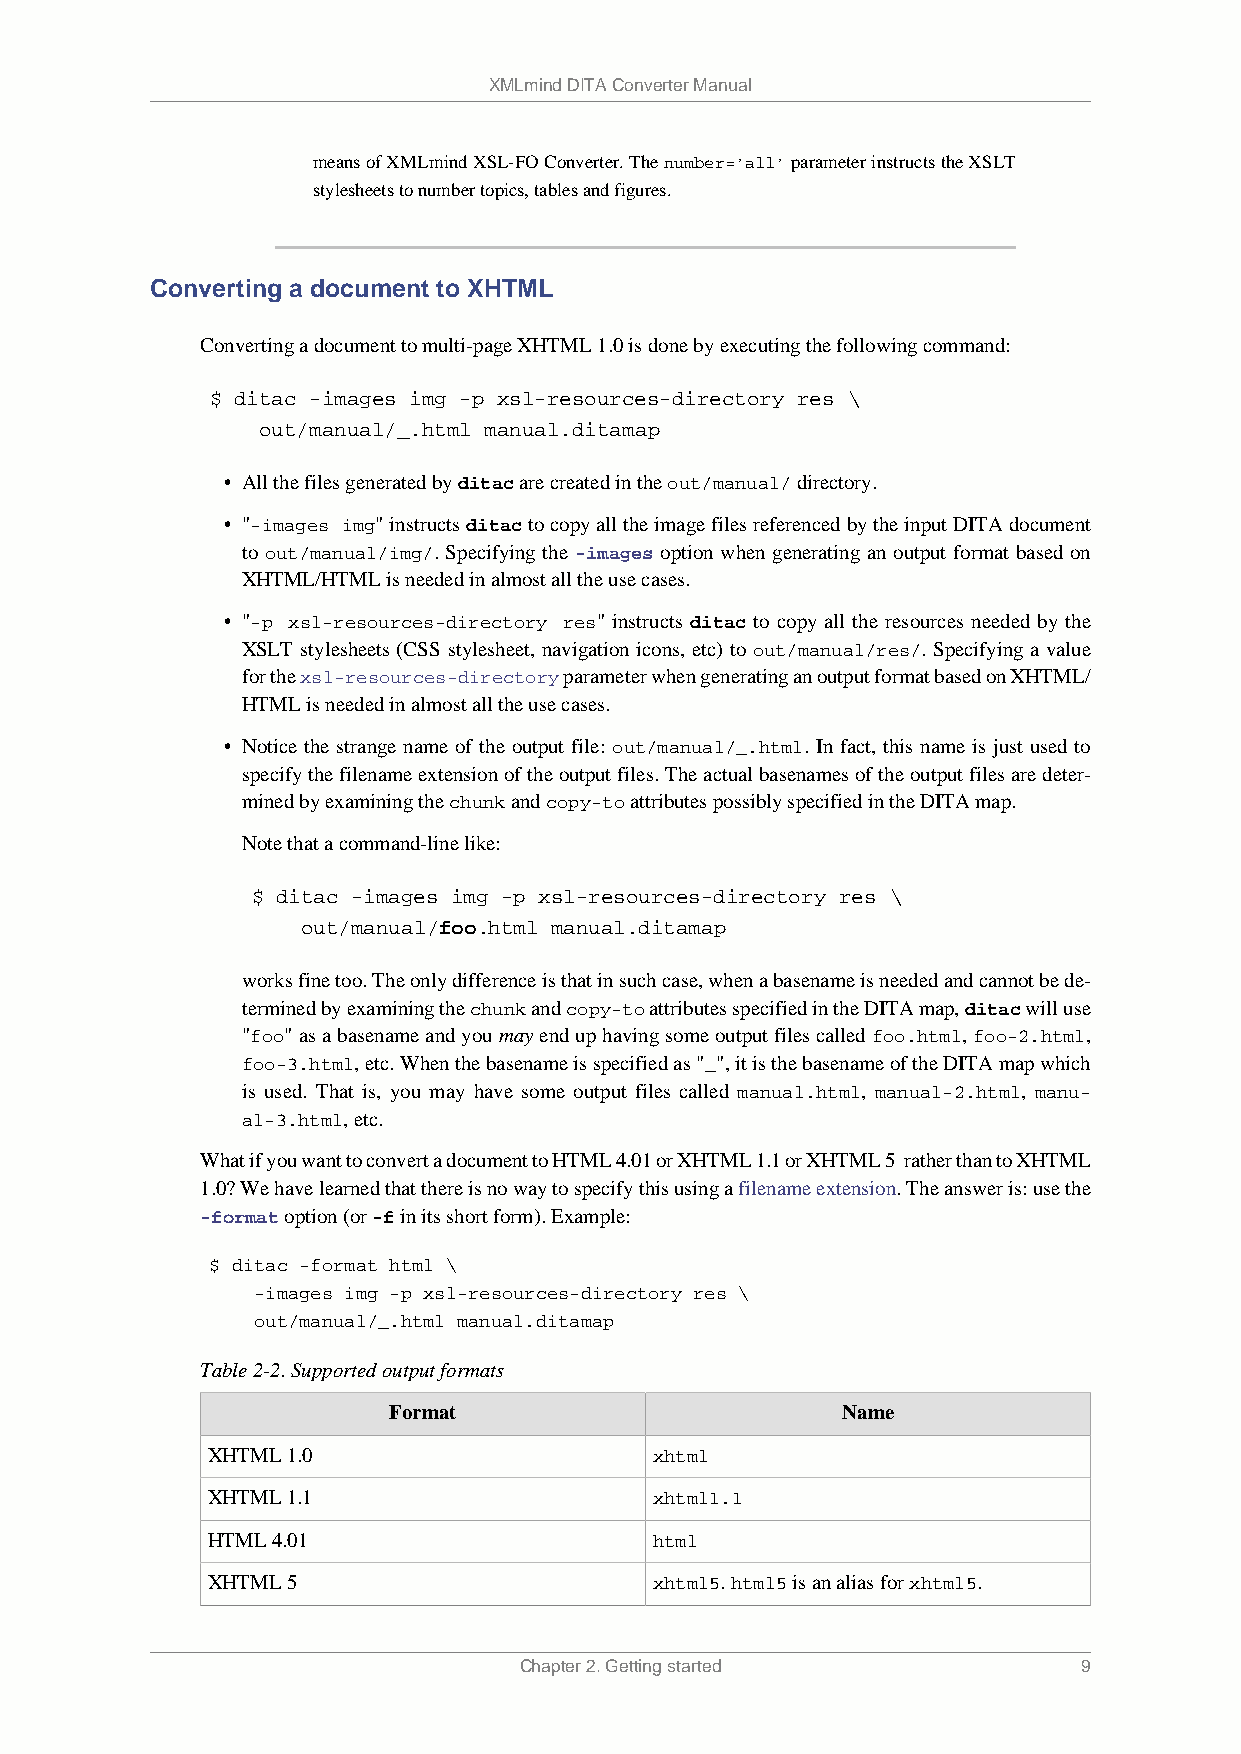
XMLmind DITA Converter Manual
 means of XMLmind XSL-FO Converter. The number='all' parameter instructs the XSLT
 stylesheets to number topics, tables and figures.
 Converting a document to XHTML
 Converting a document to multi-page XHTML 1.0 is done by executing the following command:
 $ ditac -images img -p xsl-resources-directory res \
 out/manual/_.html manual.ditamap
 • All the files generated by ditac are created in the out/manual/ directory.
 • "-images img" instructs ditac to copy all the image files referenced by the input DITA document
 to out/manual/img/. Specifying the -images option when generating an output format based on
 XHTML/HTML is needed in almost all the use cases.
 • "-p xsl-resources-directory res" instructs ditac to copy all the resources needed by the
 XSLT stylesheets (CSS stylesheet, navigation icons, etc) to out/manual/res/. Specifying a value
 for the xsl-resources-directory parameter when generating an output format based on XHTML/
 HTML is needed in almost all the use cases.
 • Notice the strange name of the output file: out/manual/_.html. In fact, this name is just used to
 specify the filename extension of the output files. The actual basenames of the output files are deter-
 mined by examining the chunk and copy-to attributes possibly specified in the DITA map.
 Note that a command-line like:
 $ ditac -images img -p xsl-resources-directory res \
 out/manual/foo.html manual.ditamap
 works fine too. The only difference is that in such case, when a basename is needed and cannot be de-
 termined by examining the chunk and copy-to attributes specified in the DITA map, ditac will use
 "foo" as a basename and you may end up having some output files called foo.html, foo-2.html,
 foo-3.html, etc. When the basename is specified as "_", it is the basename of the DITA map which
 is used. That is, you may have some output files called manual.html, manual-2.html, manu-
 al-3.html, etc.
 What if you want to convert a document to HTML 4.01 or XHTML 1.1 or XHTML 5 rather than to XHTML
 1.0? We have learned that there is no way to specify this using a filename extension. The answer is: use the
 -format option (or -f in its short form). Example:
 $ ditac -format html \
 -images img -p xsl-resources-directory res \
 out/manual/_.html manual.ditamap
 Table 2-2. Supported output formats
 Format                        Name
 XHTML 1.0                    xhtml
 XHTML 1.1                    xhtml1.1
 HTML 4.01                    html
 XHTML 5                      xhtml5. html5 is an alias for xhtml5.
 Chapter 2. Getting started            9